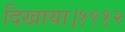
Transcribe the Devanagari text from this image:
दिखाया।१९१२